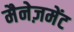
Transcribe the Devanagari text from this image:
मैनेज़मेंट